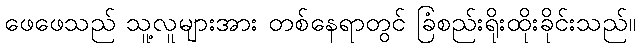
ဖေဖေသည် သူ့လူများအား တစ်နေရာတွင် ခြံစည်းရိုးထိုးခိုင်းသည်။